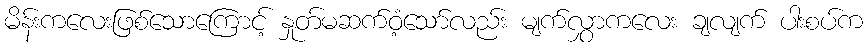
မိန်းကလေးဖြစ်သောကြောင့် နှုတ်မဆက်ဝံ့သော်လည်း မျက်လွှာကလေး ချလျက် ပါးစပ်က